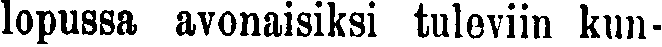
lopussa avonaisiksi tuleviin kun-